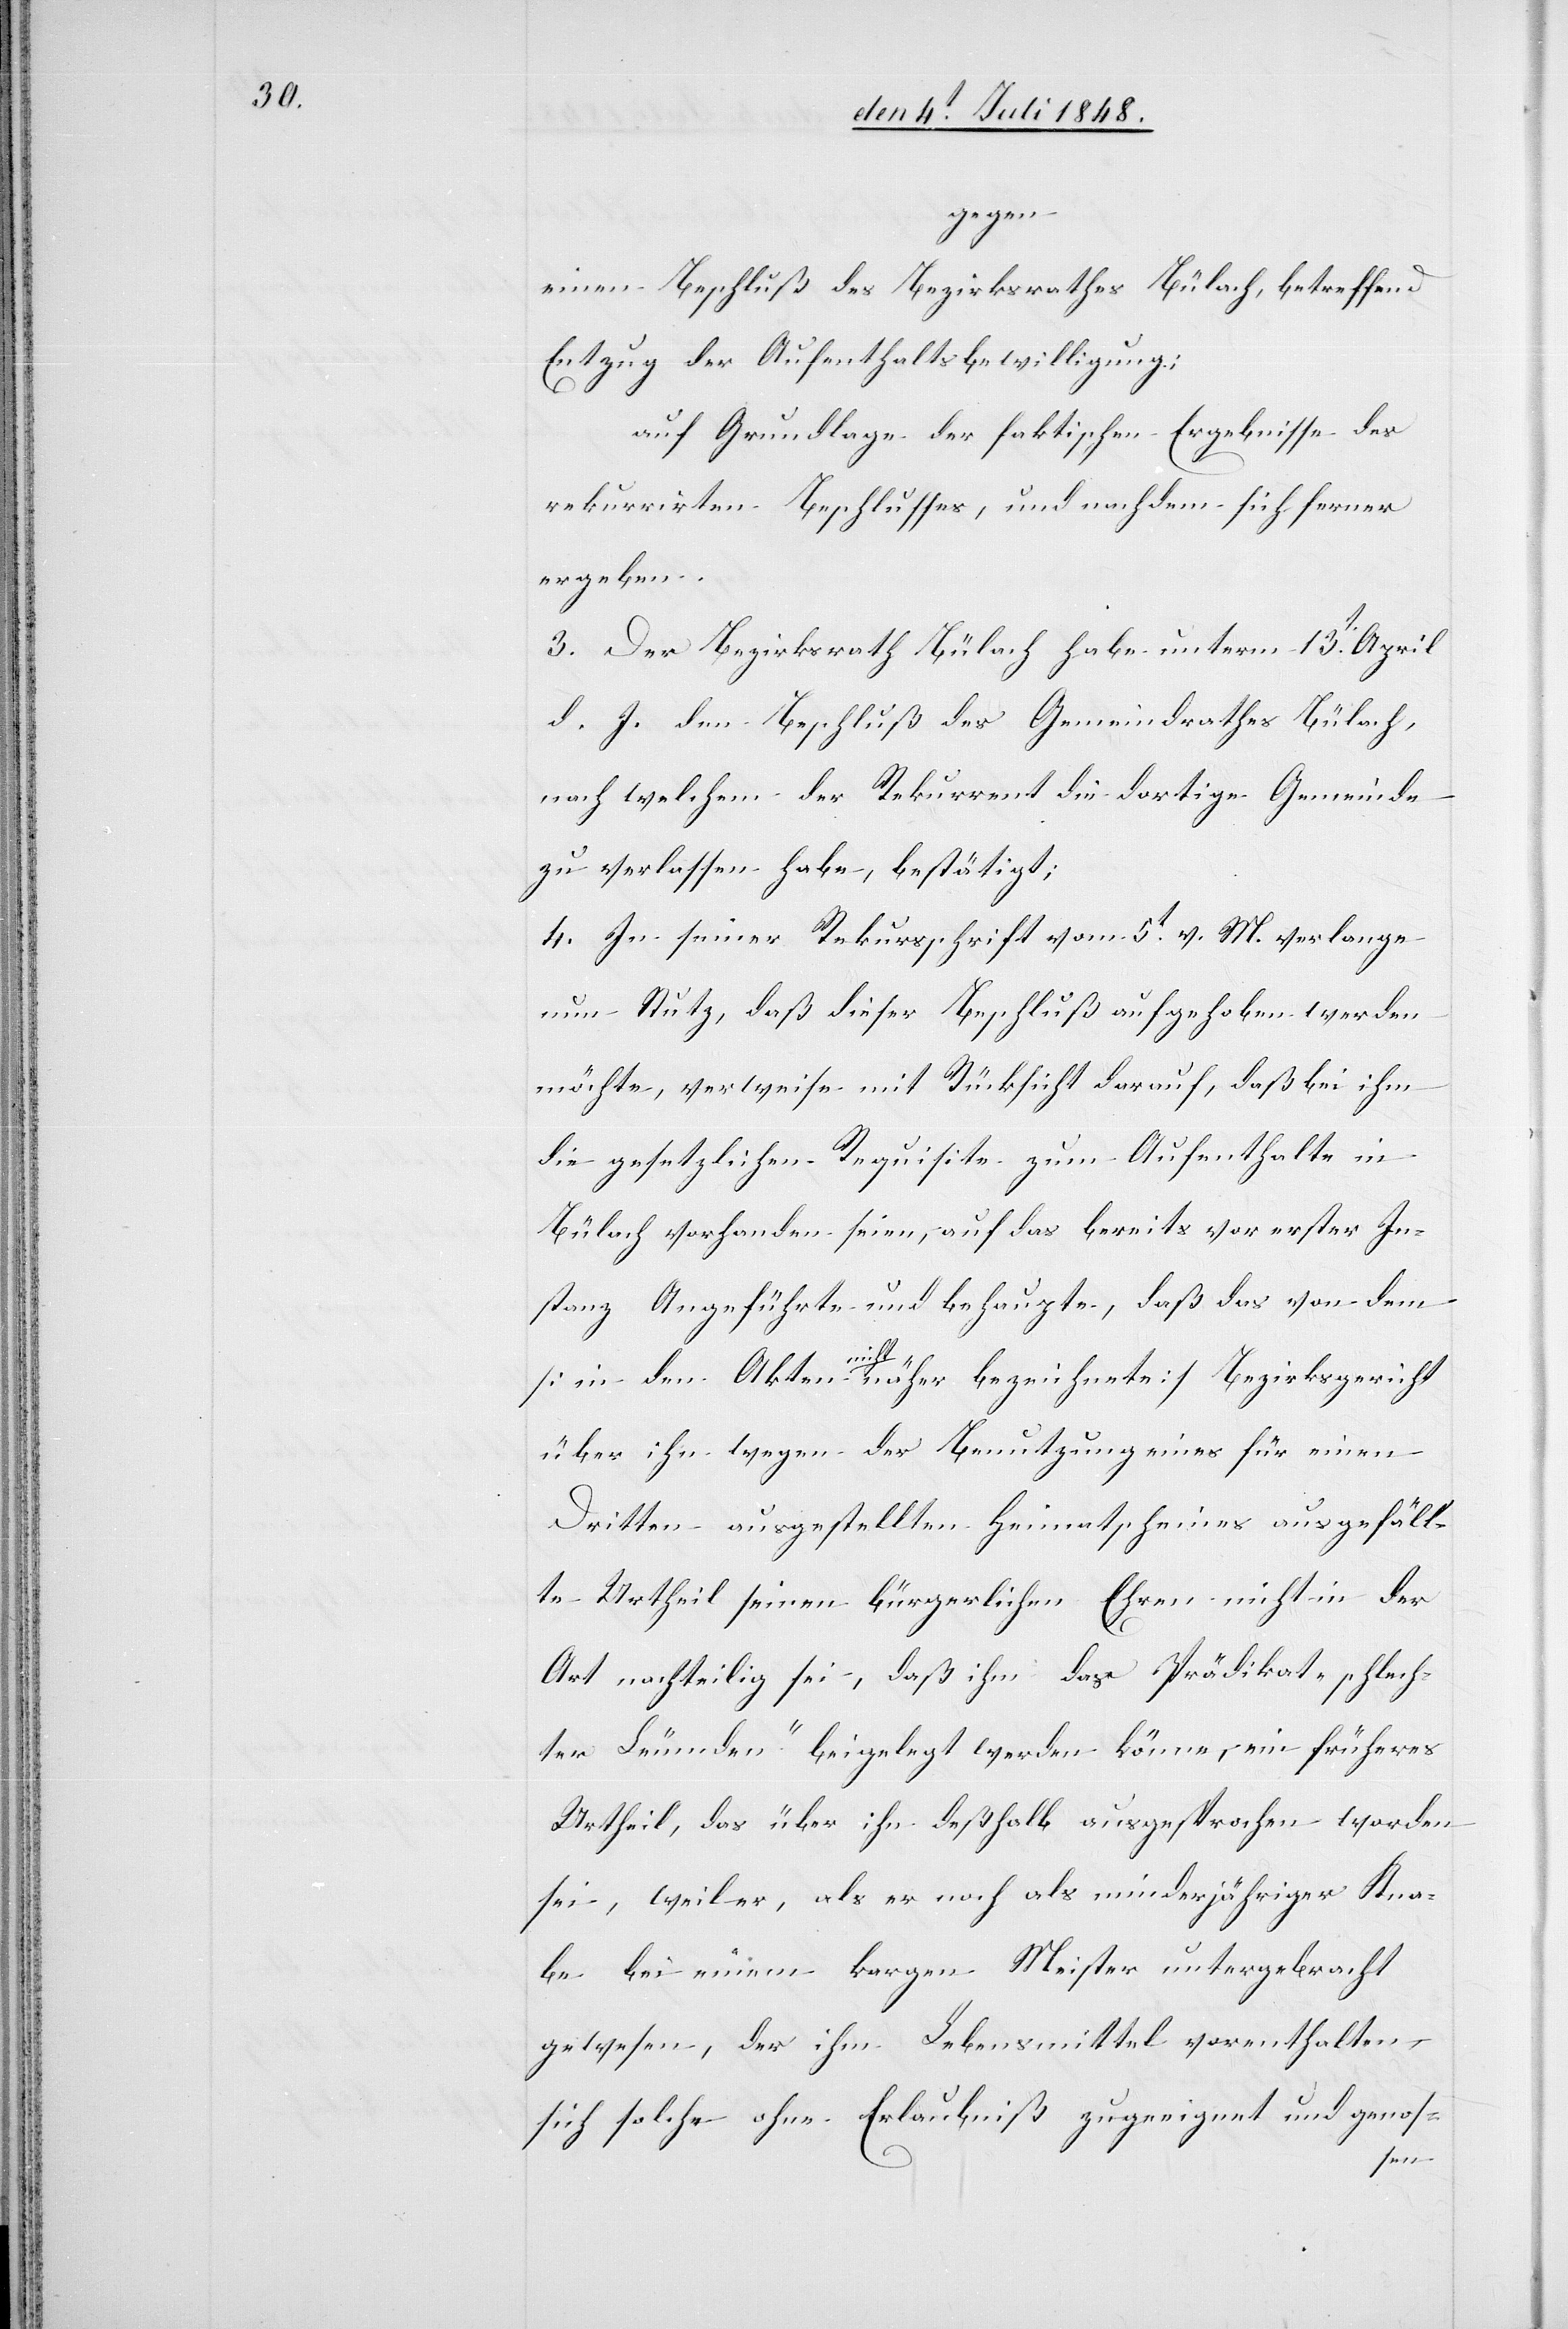
gegen
einen Beschluß des Bezirksrathes Bülach, betreffend
Entzug der Aufenthaltsbewilligung:
auf Grundlage der faktischen Ergebnisse des
rekurrirten Beschlusses, und nachdem sich ferner
ergeben.
3. Der Bezirksrath Bülach habe unterm 13t April
d. J. den Beschluß des Gemeindrathes Bülach,
nach welchem der Rekurrent die dortige Gemeinde
zu verlassen habe, bestätigt;
4. In seiner Rekursschrift vom 5t v. M. verlange
nun Stutz, daß dieser Beschluß aufgehoben werden
möchte, verweise mit Rücksicht darauf, daß bei ihm
die gesetzlichen Requisite zum Aufenthalte in
Bülach vorhanden seien, auf das bereits vor erster In¬
stanz Angeführte und behaupte, daß das von dem
[in den Akten nicht näher bezeichnete] Bezirksgericht
über ihn wegen der Benutzung eines für einen
Dritten ausgestellten Heimatscheines ausgefäll¬
te Urtheil seinen bürgerlichen Ehren nicht in der
Art nachteilig sei, daß ihm das Prädikat „schlech¬
ter Leumden“ beigelegt werden könne, ein früheres
Urtheil, das über ihn deßhalb ausgesprochen worden
sei, weil er, als er noch als minderjähriger Kna¬
be bei einem kargen Meister untergebracht
gewesen, der ihm Lebensmittel vorenthalten,
sich solche ohne Erlaubniß zugeeignet und genos-